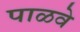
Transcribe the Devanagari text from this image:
पाळवे